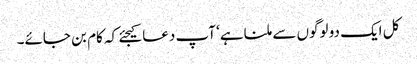
کل ایک دو لوگوں سے ملنا ہے‘ آپ دعا کیجئے کہ کام بن جائے۔